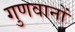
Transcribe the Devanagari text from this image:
गुणवानों